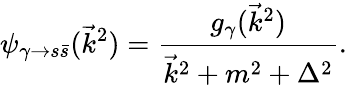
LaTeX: \psi_{\gamma\to s\bar{s}}(\vec{k}^{2})=\frac{g_{\gamma}(\vec{k}^{2})}{\vec{k}^{2}+m^{2}+\Delta^{2}}.